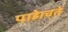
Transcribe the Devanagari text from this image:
पाहेाचते